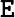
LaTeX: \boldsymbol{\mathtt{E}}